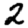
Digit: 2